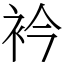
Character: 衿